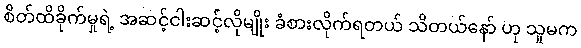
စိတ်ထိခိုက်မှုရဲ့ အဆင့်ငါးဆင့်လိုမျိုး ခံစားလိုက်ရတယ် သိတယ်နော် ဟု သူမက